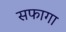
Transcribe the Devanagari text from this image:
सफागा